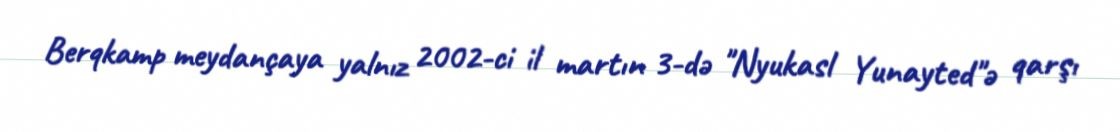
Berqkamp meydançaya yalnız 2002-ci il martın 3-də "Nyukasl Yunayted"ə qarşı